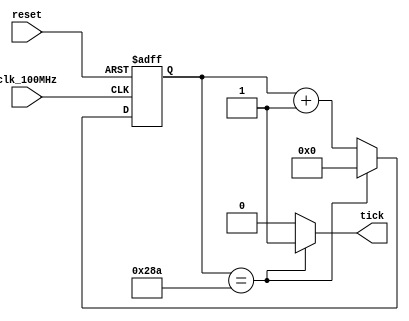
`timescale 1ns / 1ps

module baud_rate_generator
    #(              // 9600 baud
        parameter   N = 10,     // number of counter bits
                    M = 651     // counter limit value
//    )
    
//     #(              // 115200 baud
//           parameter   N = 10,     // number of counter bits
//                       M = 651     // counter limit value
       )
    
    (
        input clk_100MHz,       // basys 3 clock
        input reset,            // reset
        output tick             // sample tick
    );
    
    // Counter Register
    reg [N-1:0] counter;        // counter value
    wire [N-1:0] next;          // next counter value
    
    // Register Logic
    always @(posedge clk_100MHz, posedge reset)
        if(reset)
            counter <= 0;
        else
            counter <= next;
            
    // Next Counter Value Logic
    assign next = (counter == (M-1)) ? 0 : counter + 1;
    
    // Output Logic
    assign tick = (counter == (M-1)) ? 1'b1 : 1'b0;
       
endmodule